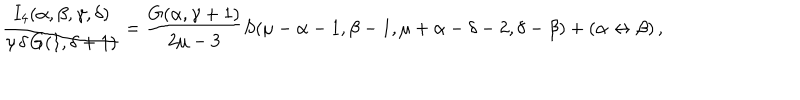
\frac { I _ { 4 } ( \alpha , \beta , \gamma , \delta ) } { \gamma \, \delta \, G ( 1 , \delta + 1 ) } = \frac { G ( \alpha , \gamma + 1 ) } { 2 \mu - 3 } S ( \mu - \alpha - 1 , \beta - 1 , \mu + \alpha - \delta - 2 , \delta - \beta ) + ( \alpha \leftrightarrow \beta ) \, ,